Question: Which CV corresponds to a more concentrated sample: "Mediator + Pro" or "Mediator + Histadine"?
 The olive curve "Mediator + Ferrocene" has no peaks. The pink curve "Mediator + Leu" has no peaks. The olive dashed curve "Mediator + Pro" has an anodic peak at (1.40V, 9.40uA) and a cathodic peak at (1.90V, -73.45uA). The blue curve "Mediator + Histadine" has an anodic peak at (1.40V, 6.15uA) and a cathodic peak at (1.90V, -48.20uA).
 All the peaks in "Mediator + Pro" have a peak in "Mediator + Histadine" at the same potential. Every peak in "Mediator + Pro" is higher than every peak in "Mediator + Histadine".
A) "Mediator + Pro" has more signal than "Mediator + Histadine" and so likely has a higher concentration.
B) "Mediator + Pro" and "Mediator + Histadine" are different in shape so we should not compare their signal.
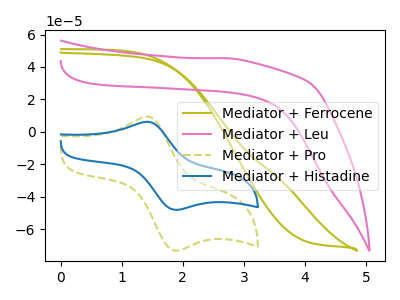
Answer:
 <answer>A) "Mediator + Pro" has more signal than "Mediator + Histadine" and so likely has a higher concentration.</answer>
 <eval>A</eval>